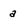
Character: a